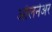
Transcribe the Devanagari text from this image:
ऑलनेअर